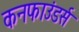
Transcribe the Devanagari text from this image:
कनफाउंडर्स